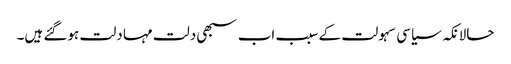
حالانکہ سیاسی سہولت کے سبب اب سبھی دلت مہا دلت ہوگئے ہیں۔